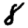
Digit: 8